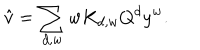
\hat { v } = \sum _ { d , w } w K _ { d , w } Q ^ { d } y ^ { w } .